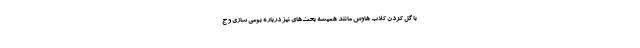
با گل کردن کلاب هاوس مانند همیشه بحث‌های نیز درباره بومی سازی و ج